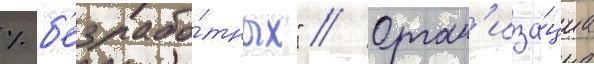
% б'езрабо́тных" // Орган'иза́циа